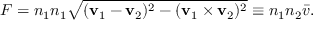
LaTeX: F = n _ { 1 } n _ { 1 } { \sqrt { ( \mathbf { v } _ { 1 } - \mathbf { v } _ { 2 } ) ^ { 2 } - ( \mathbf { v } _ { 1 } \times \mathbf { v } _ { 2 } ) ^ { 2 } } } \equiv n _ { 1 } n _ { 2 } { \bar { v } } .